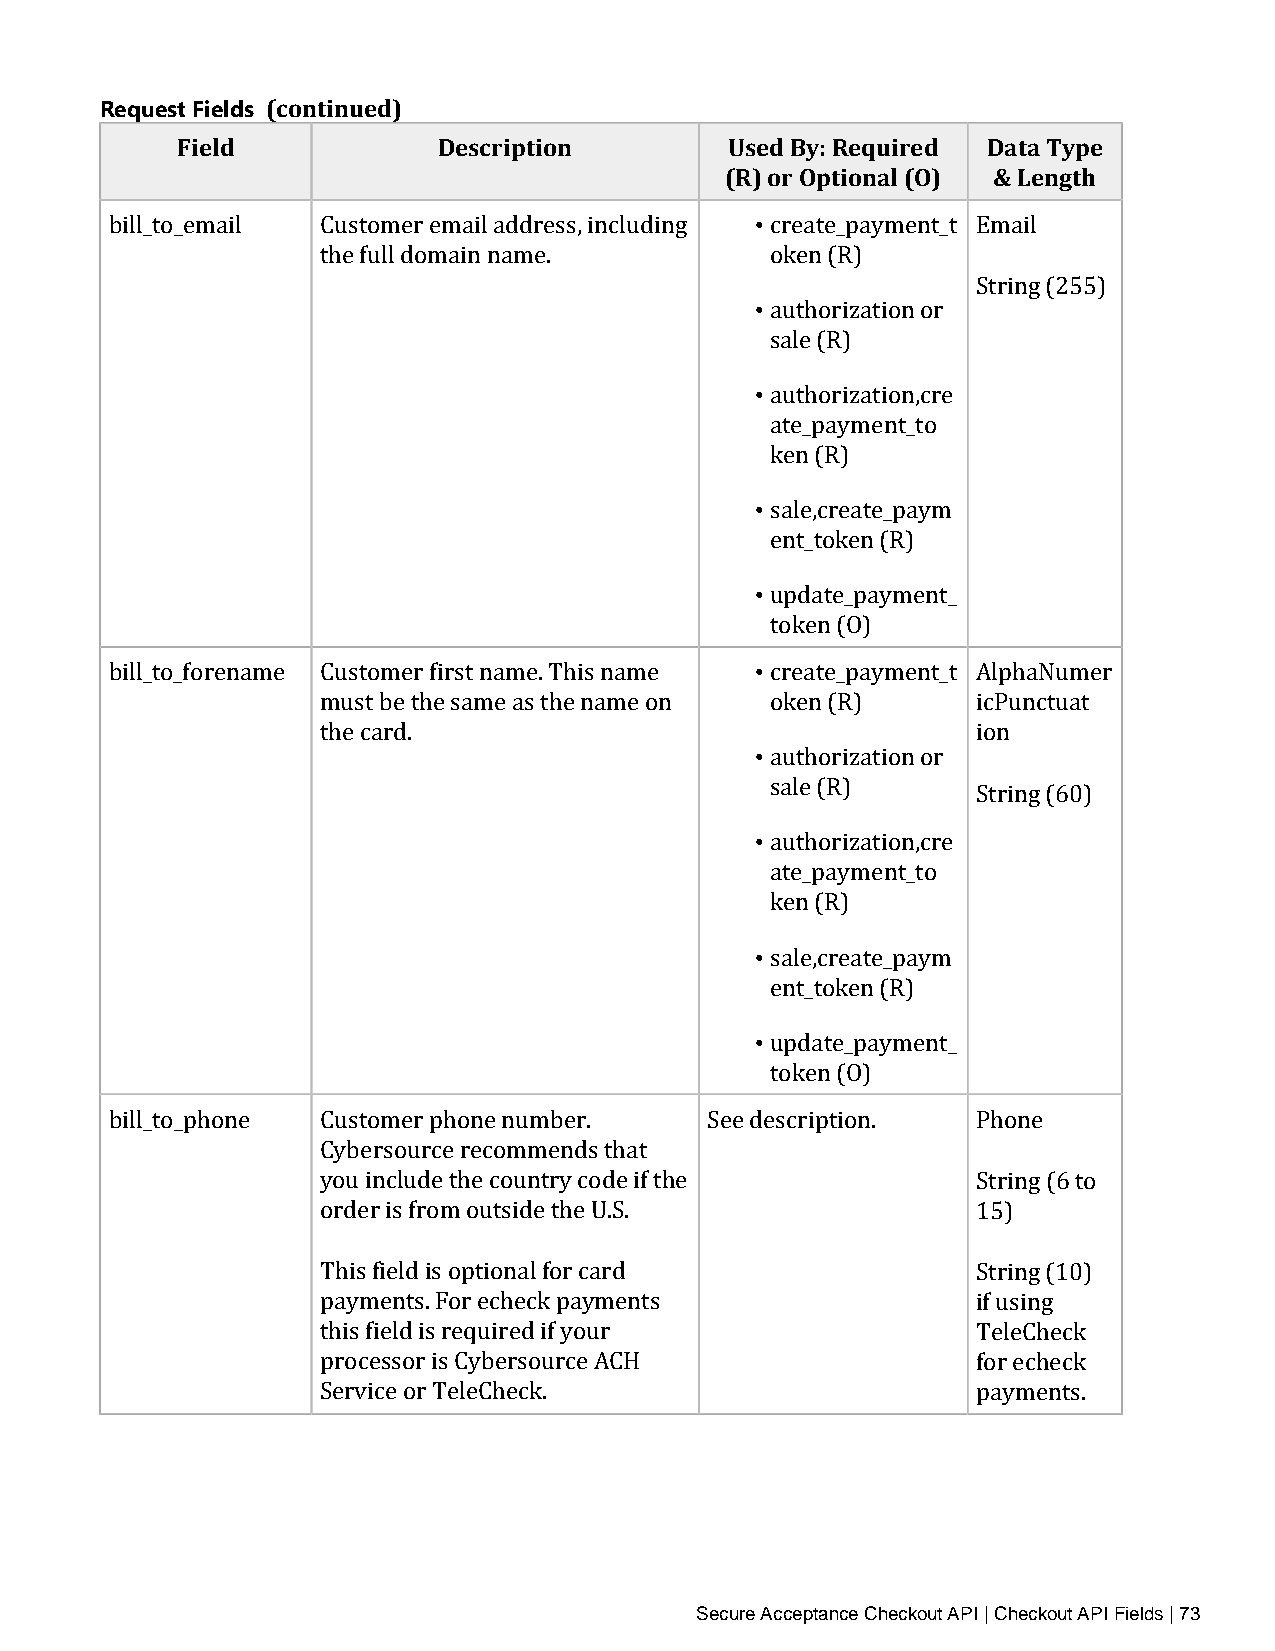
Request Fields (continued)
 Field            Description        Used By: Required Data Type
 (R) or Optional (O) & Length
 •
 bill_to_email Customer email address, including create_payment_t Email
 the full domain name.        • oken (R)
 String (255)
 authorization or
 • sale (R)
 authorization,cre
 ate_payment_to
 • ken (R)
 sale,create_paym
 • ent_token (R)
 update_payment_
 •
 token (O)
 bill_to_forename Customer first name. This name create_payment_t AlphaNumer
 must be the same as the name on • oken (R)  icPunctuat
 the card.                                   ion
 authorization or
 • sale (R)     String (60)
 authorization,cre
 ate_payment_to
 • ken (R)
 sale,create_paym
 • ent_token (R)
 update_payment_
 token (O)
 bill_to_phone Customer phone number.    See description.  Phone
 Cybersource recommends that
 you include the country code if the         String (6 to
 order is from outside the U.S.              15)
 This field is optional for card             String (10)
 payments. For echeck payments               if using
 this field is required if your              TeleCheck
 processor is Cybersource ACH                for echeck
 Service or TeleCheck.                       payments.
 Secure Acceptance Checkout API | Checkout API Fields | 73